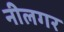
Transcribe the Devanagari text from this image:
नीलगर